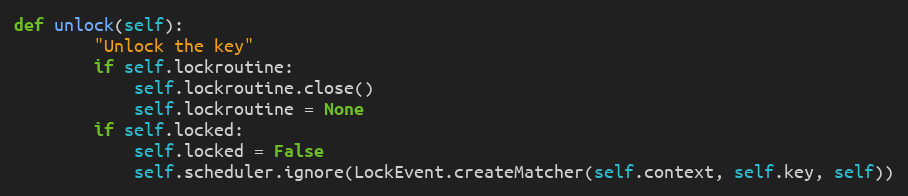
Language: Python
def unlock(self):
        "Unlock the key"
        if self.lockroutine:
            self.lockroutine.close()
            self.lockroutine = None
        if self.locked:
            self.locked = False
            self.scheduler.ignore(LockEvent.createMatcher(self.context, self.key, self))